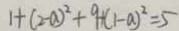
1 + ( 2 - a ) ^ { 2 } + 9 + ( 1 - a ) ^ { 2 } = 5